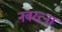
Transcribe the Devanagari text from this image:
नवरत्ना